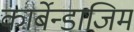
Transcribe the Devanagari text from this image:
कार्बेन्डाजिम